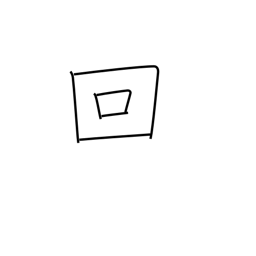
Meaning: counter for occurrences